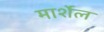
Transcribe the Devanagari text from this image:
मार्शेल